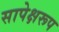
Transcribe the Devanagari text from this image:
सापेक्षरूप